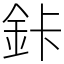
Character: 鉲